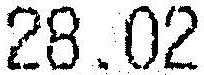
28.02